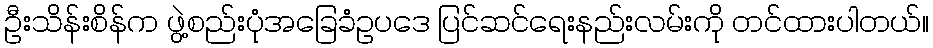
ဦးသိန်းစိန်က ဖွဲ့စည်းပုံအခြေခံဥပဒေ ပြင်ဆင်ရေးနည်းလမ်းကို တင်ထားပါတယ်။